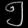
Digit: ၅